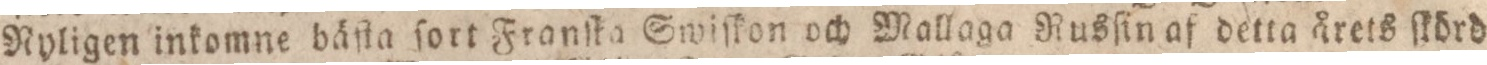
Nyligen inkomne bäſta ſort Franſta Swiſkon och Mallaga Rusſin af detta årets ſkörd